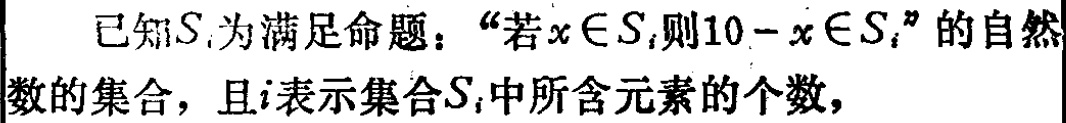
已知\(S_{i}\)为满足命题：“若\(x\in S_{i}\)，则\(10 - x\in S_{i}\)”的自然数的集合，且\(i\)表示集合\(S_{i}\)中所含元素的个数，